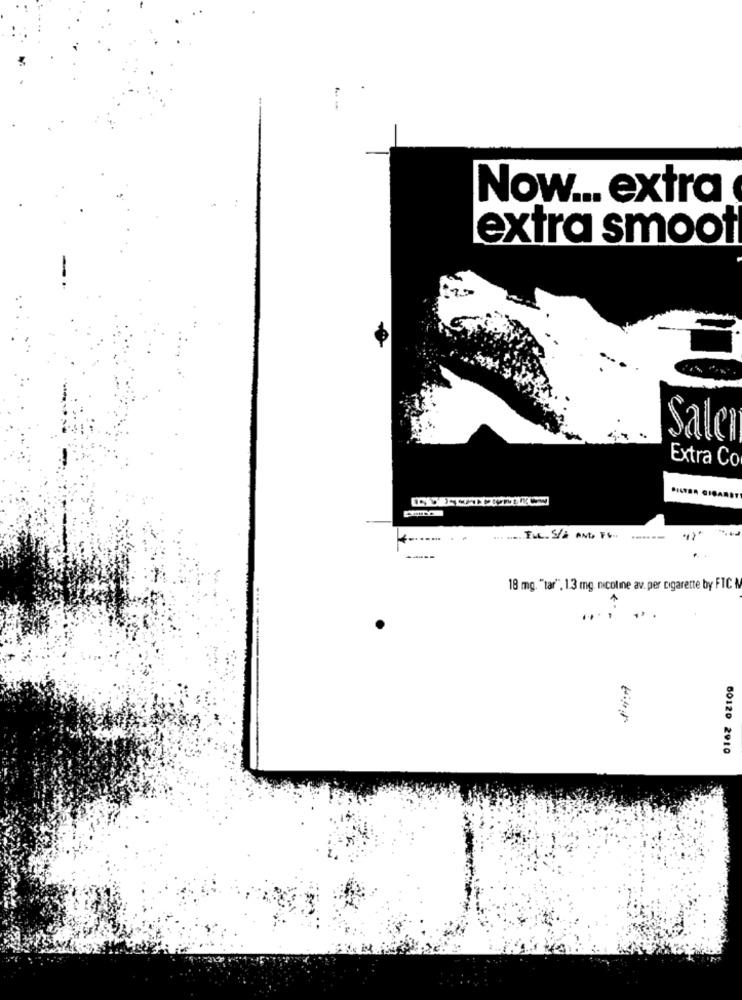
Now ... extra
extra smoot
Salcı
Extra Co
FUL. S/ AMD. FC -
18 mg. "tar", 1.3 mg. nicoline av. per cigarette by FICA
60120 2910